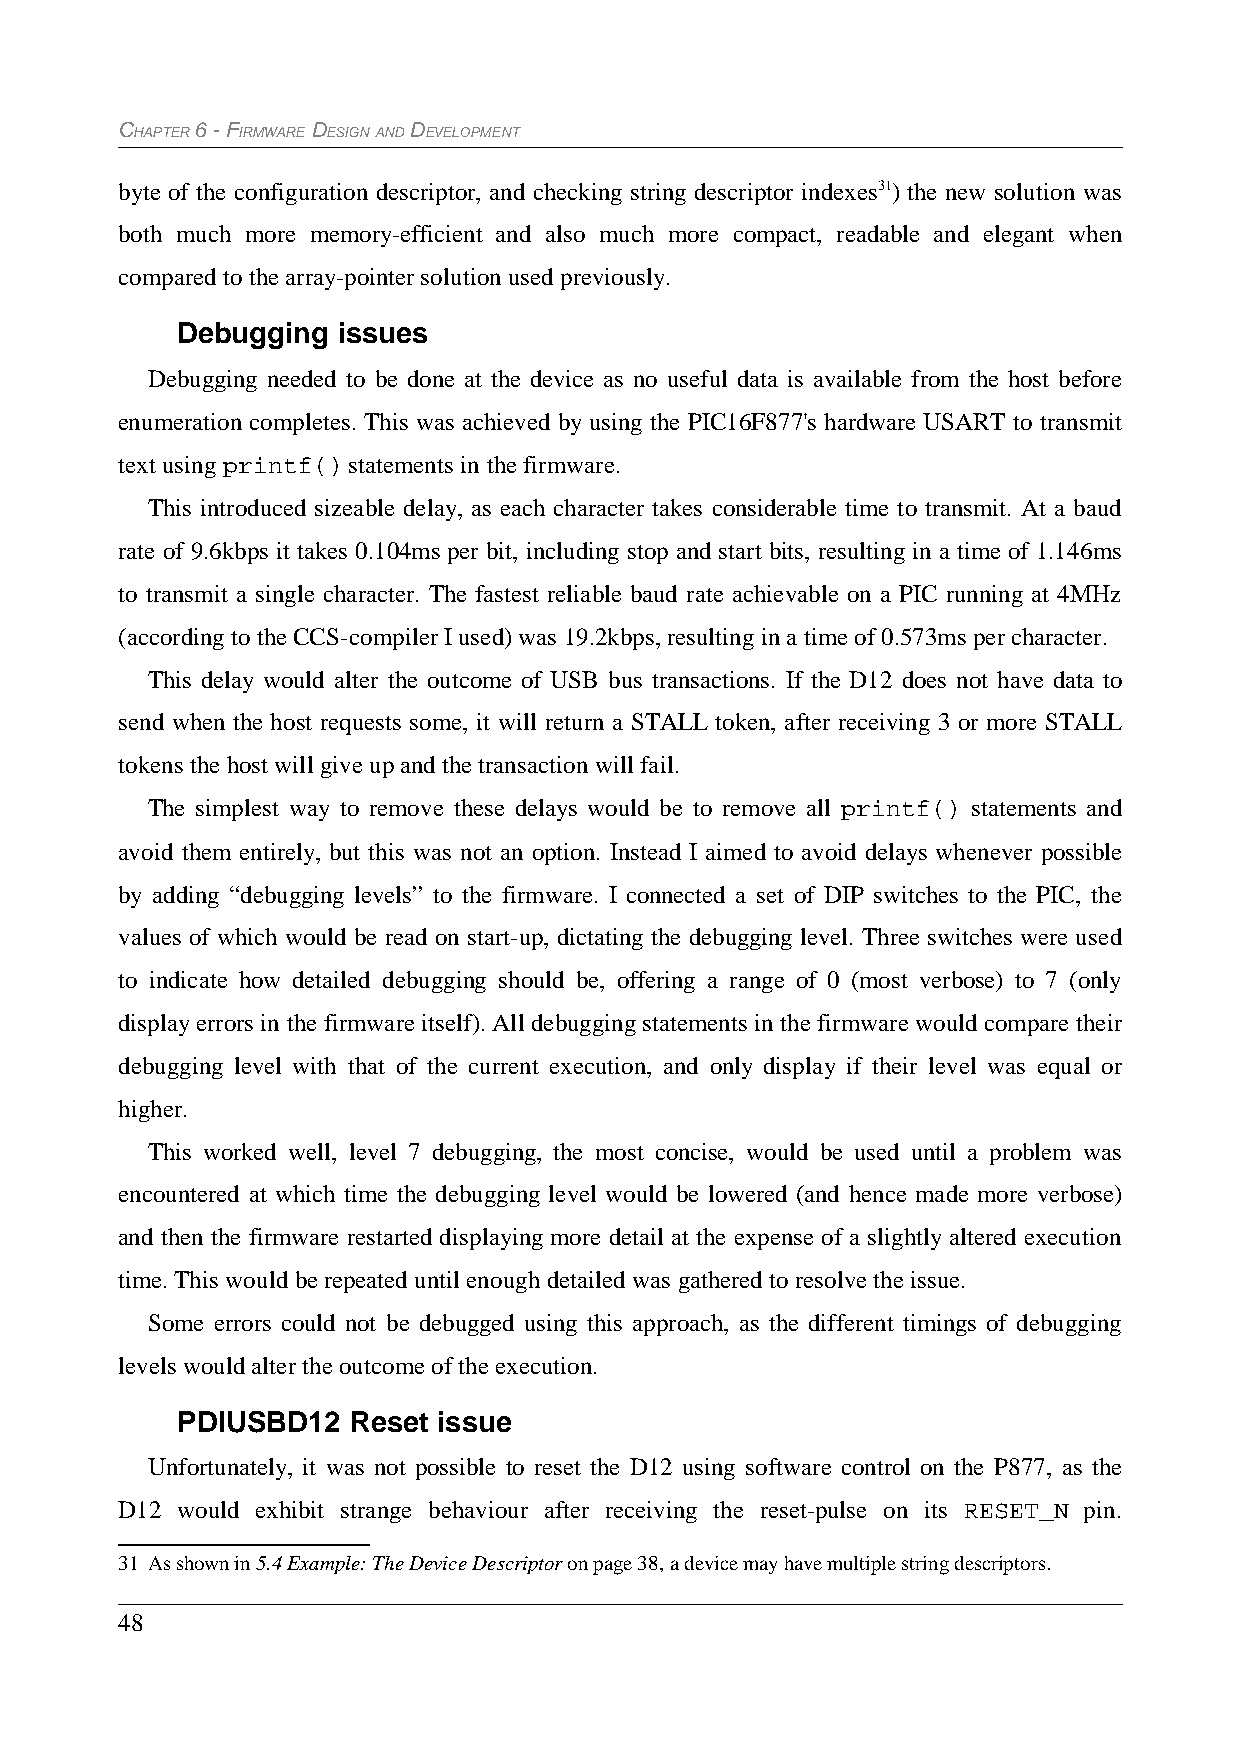
CHAPTER 6 - FIRMWARE DESIGN AND DEVELOPMENT
 byte of the configuration descriptor, and checking string descriptor indexes31) the new solution was
 both much more memory-efficient and also much more compact, readable and elegant when
 compared to the array-pointer solution used previously.
 Debugging issues
 Debugging needed to be done at the device as no useful data is available from the host before
 enumeration completes. This was achieved by using the PIC16F877's hardware USART to transmit
 text using printf() statements in the firmware.
 This introduced sizeable delay, as each character takes considerable time to transmit. At a baud
 rate of 9.6kbps it takes 0.104ms per bit, including stop and start bits, resulting in a time of 1.146ms
 to transmit a single character. The fastest reliable baud rate achievable on a PIC running at 4MHz
 (according to the CCS-compiler I used) was 19.2kbps, resulting in a time of 0.573ms per character.
 This delay would alter the outcome of USB bus transactions. If the D12 does not have data to
 send when the host requests some, it will return a STALL token, after receiving 3 or more STALL
 tokens the host will give up and the transaction will fail.
 The simplest way to remove these delays would be to remove all printf() statements and
 avoid them entirely, but this was not an option. Instead I aimed to avoid delays whenever possible
 by adding “debugging levels” to the firmware. I connected a set of DIP switches to the PIC, the
 values of which would be read on start-up, dictating the debugging level. Three switches were used
 to indicate how detailed debugging should be, offering a range of 0 (most verbose) to 7 (only
 display errors in the firmware itself). All debugging statements in the firmware would compare their
 debugging level with that of the current execution, and only display if their level was equal or
 higher.
 This worked well, level 7 debugging, the most concise, would be used until a problem was
 encountered at which time the debugging level would be lowered (and hence made more verbose)
 and then the firmware restarted displaying more detail at the expense of a slightly altered execution
 time. This would be repeated until enough detailed was gathered to resolve the issue.
 Some errors could not be debugged using this approach, as the different timings of debugging
 levels would alter the outcome of the execution.
 PDIUSBD12  Reset issue
 Unfortunately, it was not possible to reset the D12 using software control on the P877, as the
 D12 would exhibit strange behaviour after receiving the reset-pulse on its RESET_N pin.
 31 As shown in 5.4 Example: The Device Descriptor on page 38, a device may have multiple string descriptors.
 48